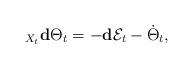
LaTeX: \begin{align*}_{X_t}\mathbf{d}\Theta_t=-\mathbf{d}\mathcal{E}_t-\dot{\Theta}_t,\end{align*}